Annual report on the health of the army in India
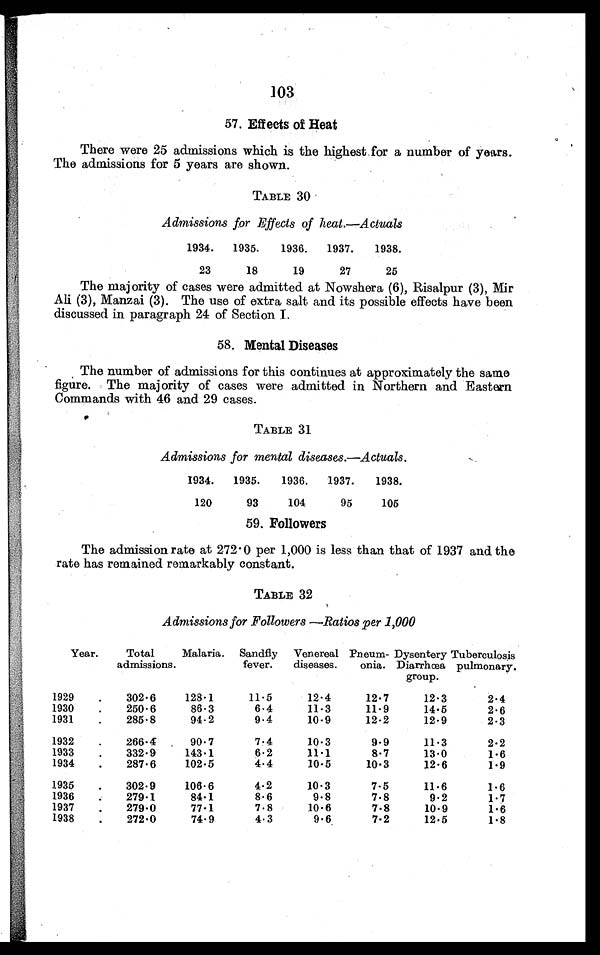
103
57. Effects of Heat
There were 25 admissions which is the highest for a number of years.
The admissions for 5 years are shown.
TABLE 30
Admissions for Effects of heat.-Actuals
1934.
1935.
1936.
1937.
1938.
23
18
19
27
25
The majority of cases were admitted at Nowshera (6), Risalpur (3), Mir
Ali (3), Manzai (3). The use of extra salt and its possible effects have been
discussed in paragraph 24 of Section I.
58. Mental Diseases
The number of admissions for this continues at approximately the same
figure. The majority of cases were admitted in Northern and Eastern
Commands with 46 and 29 cases.
TABLE 31
Admissions for mental diseases.-Actuals.
1934.
1935.
1936.
1937.
1938.
120
93
104
95
105
59. Followers
The admission rate at 272.0 per 1,000 is less than that of 1937 and the
rate has remained remarkably constant.
TABLE 32
Admissions for Followers -Ratios per 1,000
Year.
Total
admissions.
Malaria.
Sandfly
fever.
Venereal
diseases.
Pneum-
onia.
Dysentery
Diarrhœa
group.
Tuberculosis
pulmonary.
1929
.
302.6
128.1
11.5
12.4
12.7
12.3
2.4
1930
.
250.6
86.3
6.4
11.3
11.9
14.5
2.6
1931
.
285.8
94.2
9.4
10.9
12.2
12.9
2.3
1932
.
266.4
90.7
7.4
10.3
9.9
11.3
2.2
1933
.
332.9
143.1
6.2
11.1
8.7
13.0
1. 6
1934
.
287.6
102.5
4.4
10.5
10.3
12.6
1-9
1935
.
302.9
106.6
4.2
10.3
7.5
11.6
1.6
1936
279.1
84.1
8.6
9.8
7.8
9.2
1 .7
1937
.
279.0
77-1
7.8
10. 6
7.8
10.9
1 .
6
1938
.
272.0
74.9
4.3
9 .6
7.2
12.5
1.8